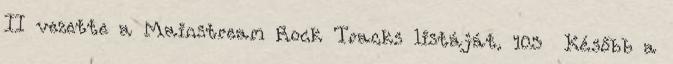
II vezette a Mainstream Rock Tracks listáját. 103 Később a